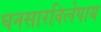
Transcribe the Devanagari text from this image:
घनसारविलेपाय